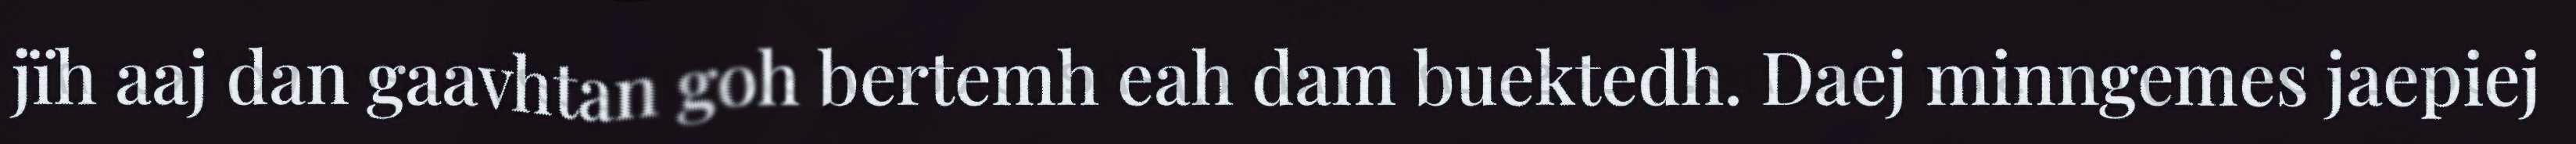
jïh aaj dan gaavhtan goh bertemh eah dam buektedh. Daej minngemes jaepiej